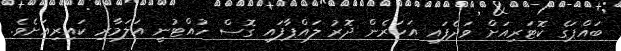
ބައްޕަގެ ކޮޓަރިއަށް ވަދެފައި އަހަރެން ދޮރު ލައްޕާފައި ގޮސް ހުއްޓުނީ އަލަމާރި ކައިރިއަށެވެ.